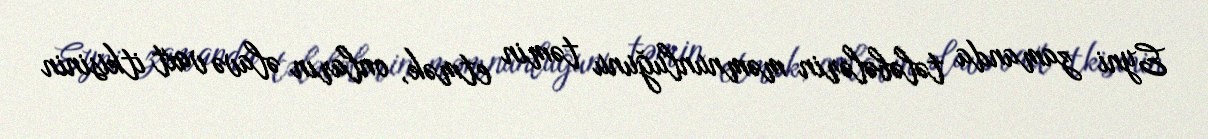
Eyni zamanda tələbələrin məmnunluğunu təmin etmək, onların əlavə vaxt itkisinin